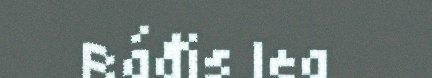
Ráđis lea